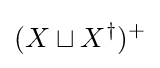
(X\sqcup X^{\dagger })^{+}